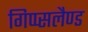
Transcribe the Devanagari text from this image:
गिप्प्सलैण्ड